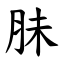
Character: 䏞